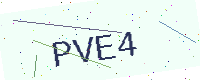
Text: PVE4